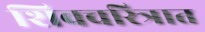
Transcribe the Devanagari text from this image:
शिवचरित्रात